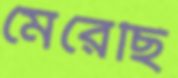
মেরেছি